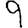
Digit: 9